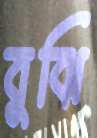
বুঝি